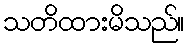
သတိထားမိသည်။